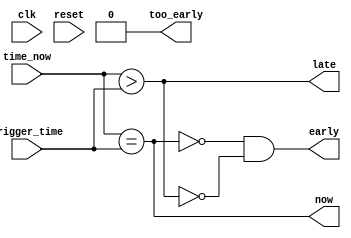
//
// Copyright 2011-2012 Ettus Research LLC
//



// 64 bits worth of ticks
//
// Not concerned with clock wrapping, human race will likely have extermintated it's self by this time.
//

module time_compare
  (
   input clk,
   input reset,
   input [63:0] time_now,
   input [63:0] trigger_time,
   output now,
   output early,
   output late,
   output too_early);

/*
   reg [63:0] time_diff;

   always @(posedge clk) begin
        if (reset) begin
            time_diff <= 64'b0;
            now <= 1'b0;
            late <= 1'b0;
            early <= 1'b0;
        end
        else begin
          time_diff <= trigger_time - time_now;
          now <= ~(|time_diff);
          late <= time_diff[63];
          early <= ~now & ~late;
       end
   end
   //assign now = ~(|time_diff);
   //assign late = time_diff[63];
   //assign early = ~now & ~late;
   assign too_early = 0; //not implemented
*/

    assign now = time_now == trigger_time;
    assign late = time_now > trigger_time;
    assign early = ~now & ~late;
    assign too_early = 0; //not implemented

endmodule // time_compare